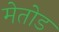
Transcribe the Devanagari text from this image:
मेतोड